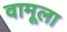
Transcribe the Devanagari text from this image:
वामूला